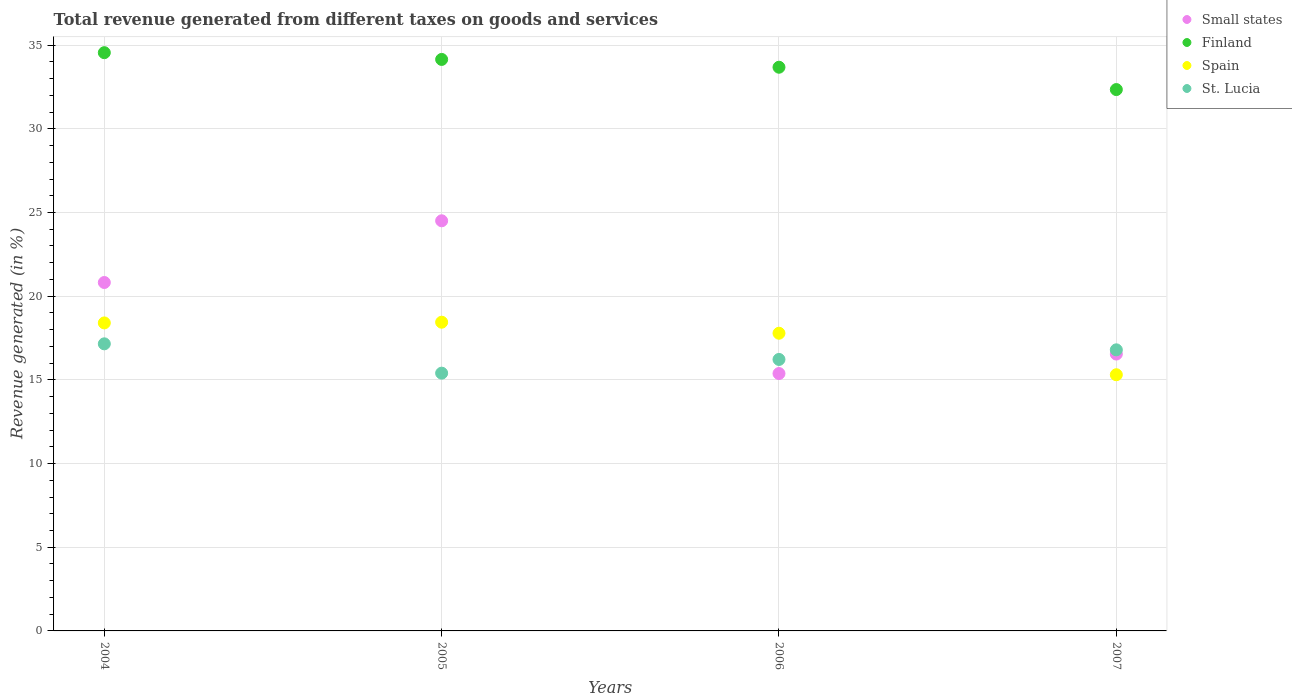
| Years | Small states | Finland | Spain | St. Lucia |
 | --- | --- | --- | --- | --- |
 | 2004 | 20.8 | 34.6 | 18.4 | 17.2 |
 | 2005 | 24.5 | 34.1 | 18.4 | 15.4 |
 | 2006 | 15.4 | 33.7 | 17.8 | 16.2 |
 | 2007 | 16.5 | 32.3 | 15.3 | 16.8 |